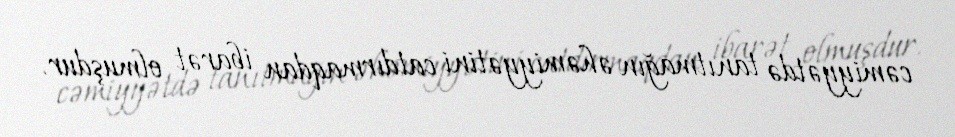
cəmiyyətdə tanıtmağın əhəmiyyətini catdırmaqdan ibarət olmuşdur.